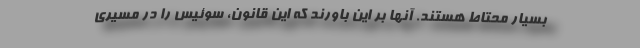
بسیار محتاط هستند. آنها بر این باورند که این قانون، سوئیس را در مسیری